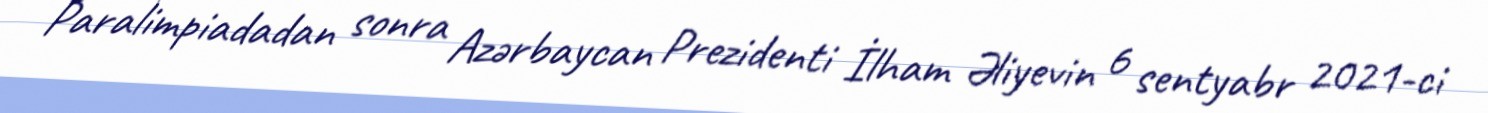
Paralimpiadadan sonra Azərbaycan Prezidenti İlham Əliyevin 6 sentyabr 2021-ci